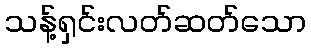
သန့်ရှင်းလတ်ဆတ်သော